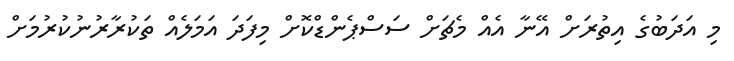
މި އަދަބުގެ އިތުރަށް އޭނާ އެއް މެޗަށް ސަސްޕެންޑްކޮށް މިފަދަ އަމަލެއް ތަކުރާރުނުކުރުމަށް